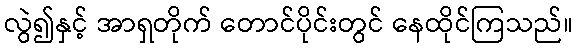
လွဲ၍နှင့် အာရှတိုက် တောင်ပိုင်းတွင် နေထိုင်ကြသည်။